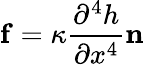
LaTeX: \mathbf{f}=\kappa\frac{\partial^{4}h}{\partial x^{4}}\mathbf{n}